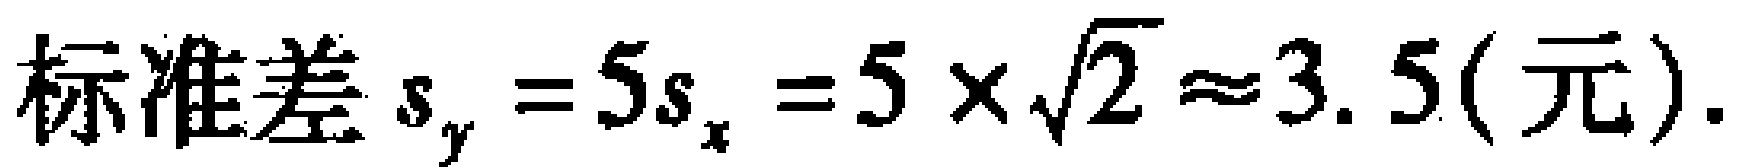
标准差 \(s_y = 5s_x = 5\times\sqrt{2} \approx 3.5(\text{元})\).